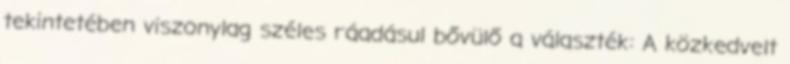
tekintetében viszonylag széles ráadásul bővülő a választék: A közkedvelt